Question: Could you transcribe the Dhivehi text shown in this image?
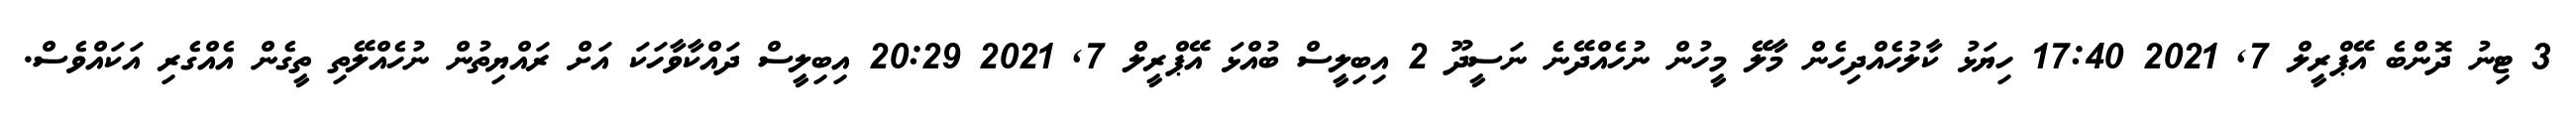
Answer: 3 ޓިނު ދޮންބެ އޭޕްރީލް 7, 2021 17:40 ހިޔަޅު ކާލުހެއްދިހެން މާލޭ މީހުން ނުހެއްދޭނެ ނަސީދޫ 2 އިބިލީސް ބުއްޅަ އޭޕްރީލް 7, 2021 20:29 އިބިލީސް ދައްކާވާހަކަ އަށް ރައްޔިތުން ނުހެއްލޭތި ތީގެން އެއްގެރި އަކައްވެސް.